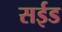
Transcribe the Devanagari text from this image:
सईड